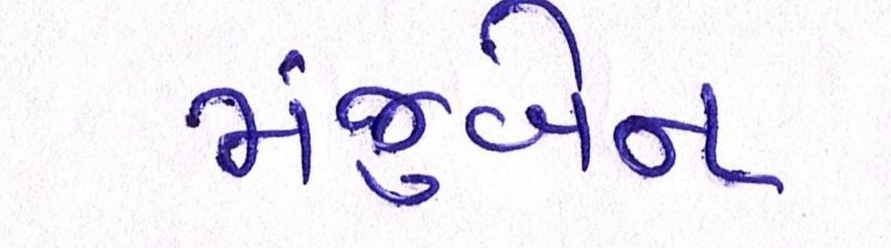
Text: મંજુબેન